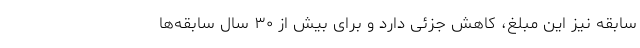
سابقه نیز این مبلغ، کاهش جزئی دارد و برای بیش از ۳۰ سال سابقه‌ها